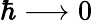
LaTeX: \hbar\longrightarrow 0